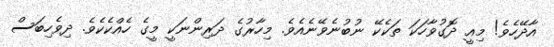
އާދޭހެވެ! މިއީ ދޮގުވާހަކަ ތަކެކޭ ނުބުނެވޭނެއެވެ. މިހާރުގެ ދަރިންނަކީ މީގެ ހެއްކެކެވެ. ދިވެހިބަސް